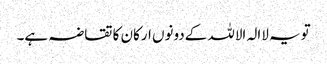
تویہ لاالہ الاللہ کےدونوں ارکان کا تقاضہ ہے۔